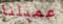
عميلنا